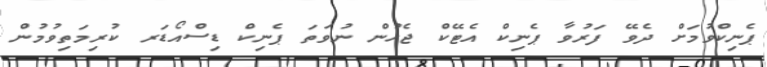
ޕެނިކްވުމަށް ދެވޭ ފަރުވާ ޕެނިކް އެޓޭކް ޖެހުން ނުވަތަ ޕެނިކް ޑިސްއޯޑަރ ކުރިމަތިވުމުން